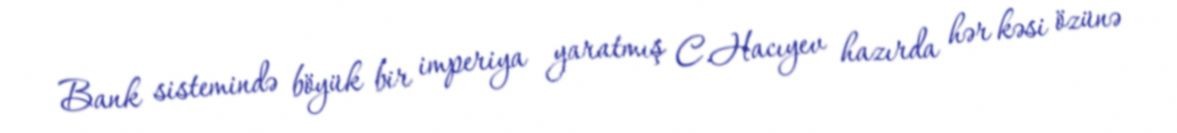
Bank sistemində böyük bir imperiya yaratmış C.Hacıyev hazırda hər kəsi özünə